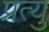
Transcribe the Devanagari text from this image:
प्रत्यु